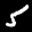
Label: 5